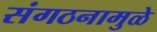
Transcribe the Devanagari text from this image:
संगठनामुळे